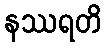
နဿရတိ